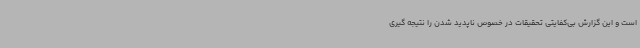
است و این گزارش بی‌کفایتی تحقیقات در خصوص ناپدید شدن‌ را نتیجه گیری